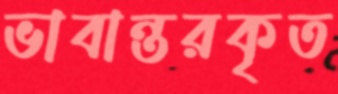
ভাবান্তরকৃত